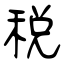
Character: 税